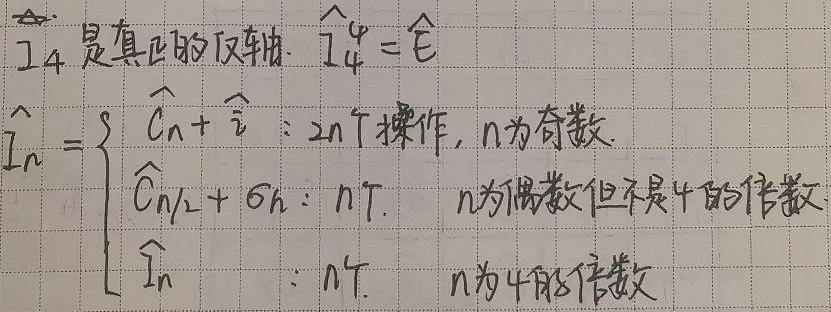
\(\hat{I}_4\)是真正的反轴。
\(\hat{I}_4^4 = \hat{E}\)
\(\hat{I}_n = \begin{cases} \hat{C}_n + \hat{i} &: 2n\text{个操作，}n\text{为奇数}\\ \hat{C}_{n/2} + \sigma_h &: n\text{个操作，}n\text{为偶数但不是}4\text{的倍数}\\ \hat{I}_n &: n\text{个操作，}n\text{为}4\text{的倍数} \end{cases}\)